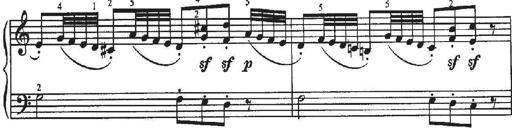
Title: Sonatina No.4 in C major
Composer: Georg Benda
Key: C major